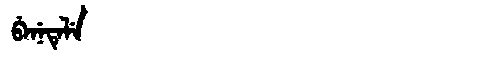
Manchu: ᠪᡝᠨᡝᡨᡝᠯᡝ
Romanization: BENETELE